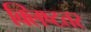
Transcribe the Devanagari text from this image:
क्लिष्टतर